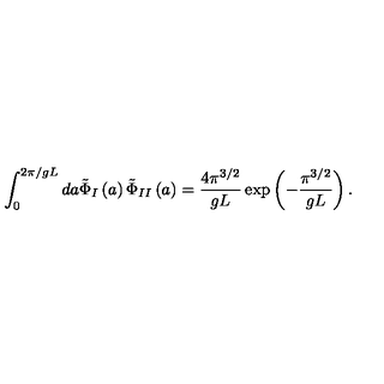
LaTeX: \int _ { 0 } ^ { 2 \pi / g L } d a \tilde { \Phi } _ { I } \left( a \right) \tilde { \Phi } _ { I I } \left( a \right) = \frac { 4 \pi ^ { 3 / 2 } } { g L } \exp \left( - \frac { \pi ^ { 3 / 2 } } { g L } \right) .